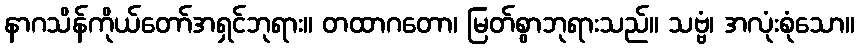
နာဂသိန်ကိုယ်တော်အရှင်ဘုရား။ တထာဂတော၊ မြတ်စွာဘုရားသည်။ သဗ္ဗံ၊ အလုံးစုံသော။